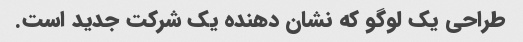
طراحی یک لوگو که نشان دهنده یک شرکت جدید است.